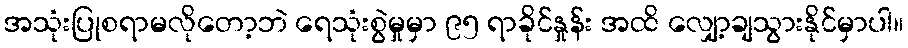
အသုံးပြုစရာမလိုတော့ဘဲ ရေသုံးစွဲမှုမှာ ၉၅ ရာခိုင်နှုန်း အထိ လျှော့ချသွားနိုင်မှာပါ။